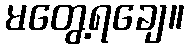
မတွေ့ရချေ။